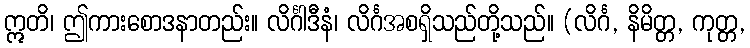
ဣတိ၊ ဤကားစောဒနာတည်း။ လိင်္ဂါဒီနံ၊ လိင်္ဂအစရှိသည်တို့သည်။ (လိင်္ဂ, နိမိတ္တ, ကုတ္တ,